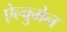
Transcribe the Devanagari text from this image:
ऐल्वुमेन